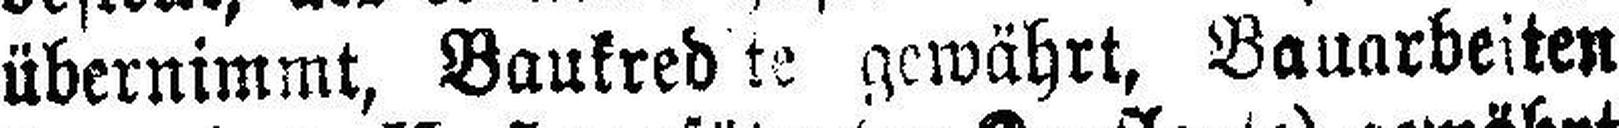
übernimmt, Baukred te gewährt, Bauarbeiten